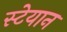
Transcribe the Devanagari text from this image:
स्टेयान